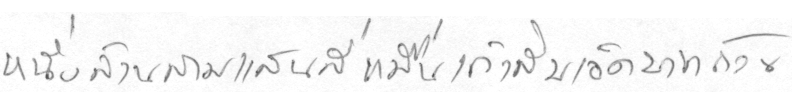
หนึ่งล้านสามแสนสี่หมื่นเก้าสิบเอ็ดบาทถ้วน